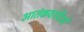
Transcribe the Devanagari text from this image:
आतंकवादिओं